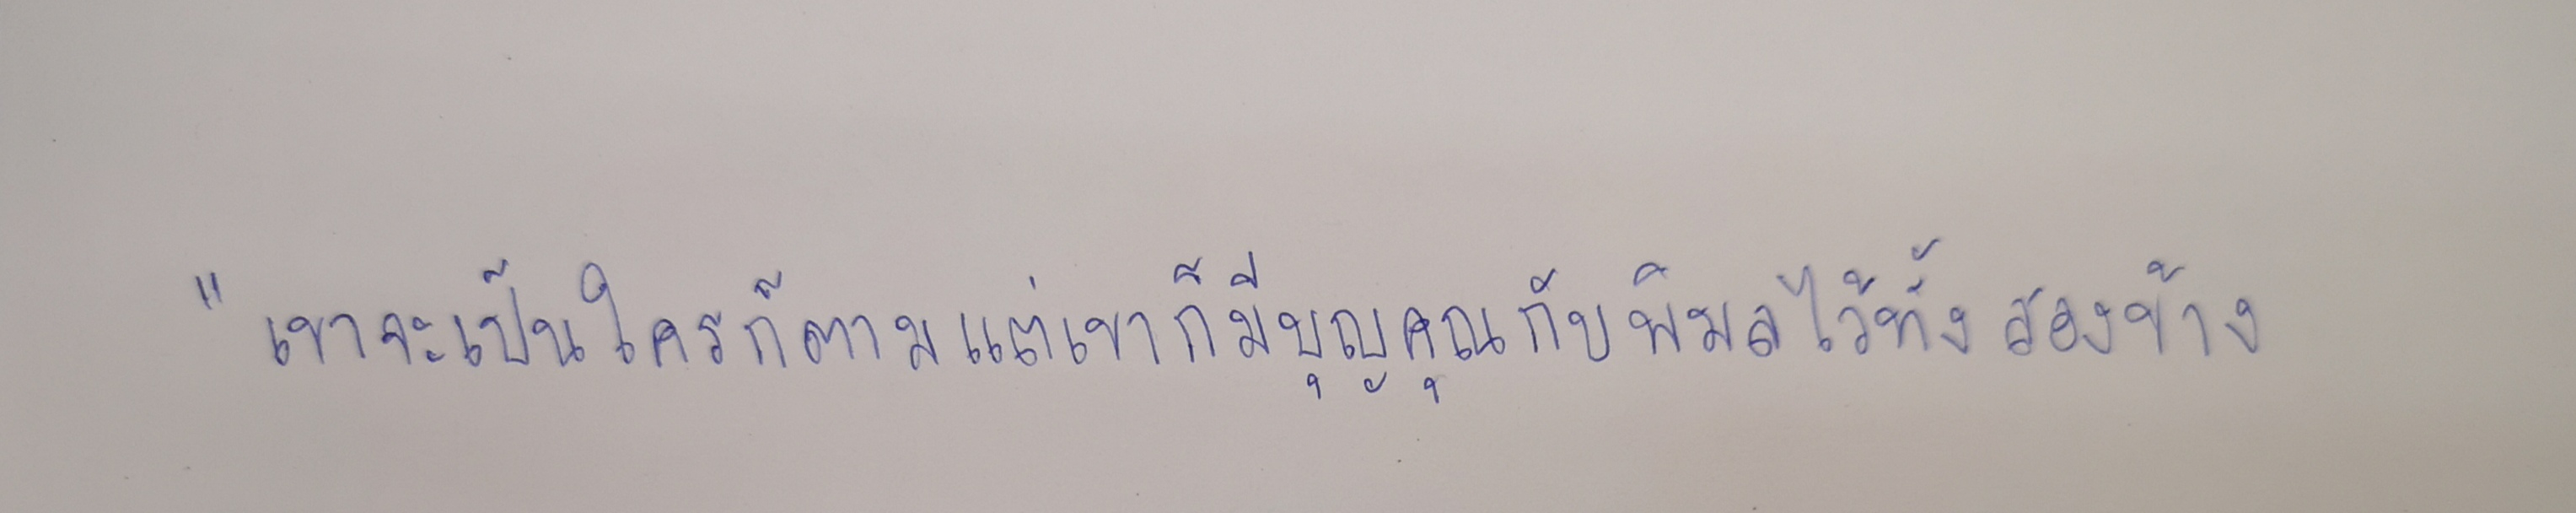
"เขาจะเป็นใครก็ตามแต่เขาก็มีบุญคุณกับพิมลไว้ทั้งสองข้าง